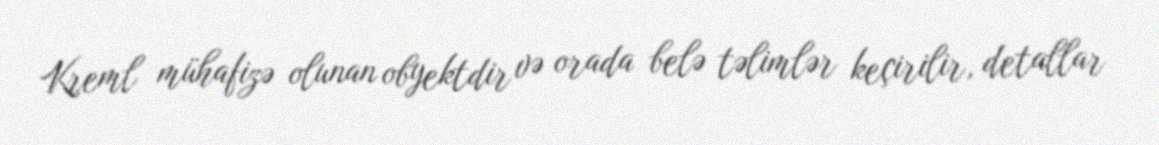
Kreml mühafizə olunan obyektdir və orada belə təlimlər keçirilir, detallar